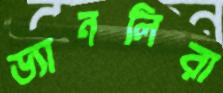
ড্যানলিরা